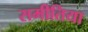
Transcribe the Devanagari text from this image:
समीतिया